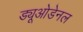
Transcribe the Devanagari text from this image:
ड्यूओडेनल